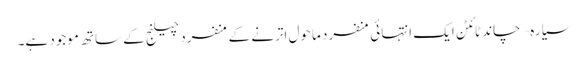
سیارہ –چاند ٹائٹن ایک انتہائی منفرد ماحول اترنے کے منفرد چیلنج کے ساتھ موجود ہے۔